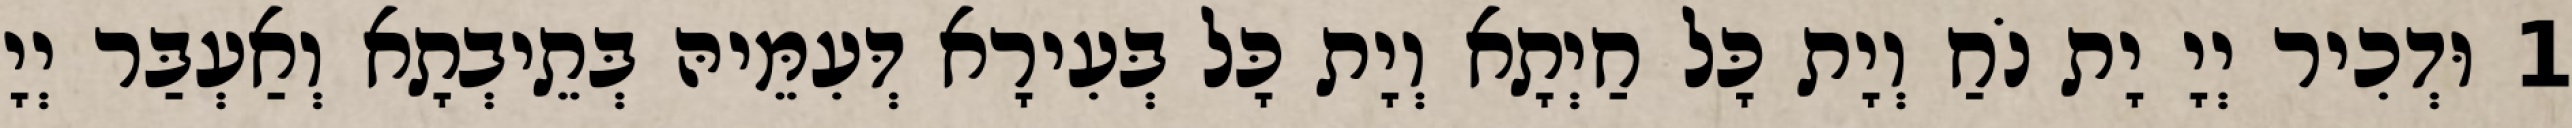
1 וּדְכִיר יְיָ יָת נֹחַ וְיָת כָּל חַיְתָא וְיָת כָּל בְּעִירָא דְּעִמֵּיהּ בְּתֵיבְתָא וְאַעְבַּר יְיָ